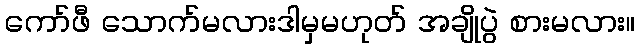
ကော်ဖီ သောက်မလားဒါမှမဟုတ် အချိုပွဲ စားမလား။